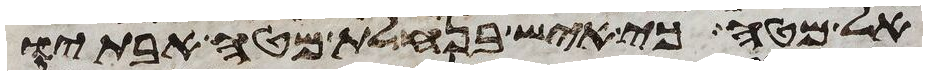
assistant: אל מטה כי איש בנחלת מטה אבתיו